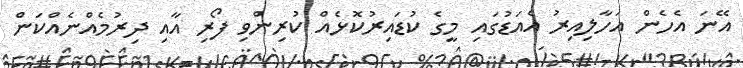
އޭނަ އެހެން އަހާލިއިރު އެއަޑުގައި މީގެ ކުޑައިރުކޮޅެއް ކުރިންވި ފޯރި އާއި ދިރުމެއްނެއްކަން